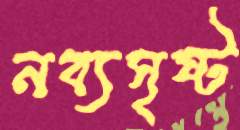
নব্যসৃষ্ট